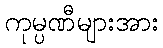
ကုမ္ပဏီများအား